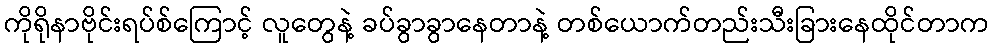
ကိုရိုနာဗိုင်းရပ်စ်ကြောင့် လူတွေနဲ့ ခပ်ခွာခွာနေတာနဲ့ တစ်ယောက်တည်းသီးခြားနေထိုင်တာက